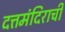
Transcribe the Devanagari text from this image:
दत्तमंदिराची